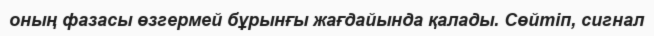
оның фазасы өзгермей бұрынғы жағдайында қалады. Сөйтіп, сигнал